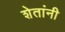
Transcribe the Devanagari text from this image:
शेतांनी